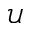
\mathcal { U }